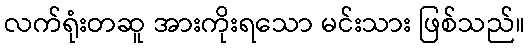
လက်ရုံးတဆူ အားကိုးရသော မင်းသား ဖြစ်သည်။